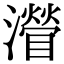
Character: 𤁽